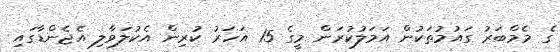
ގެ މެމްބަރު ގައުމުތަކުން އަމަލުކުރަން މީގެ 15 އަހަރު ކުރިން އެކުލަވާލި އެޖެންޑާގައި